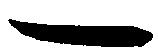
一